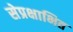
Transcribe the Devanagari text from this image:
सेप्रक्षाभित